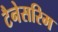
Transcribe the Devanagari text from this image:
टैनेसरिम